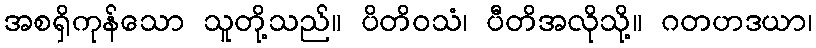
အစရှိကုန်သော သူတို့သည်။ ပိတိဝသံ၊ ပီတိအလိုသို့။ ဂတဟဒယာ၊